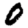
Digit: 0